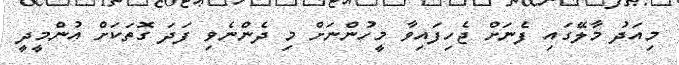
މިއަދު މާލޭގައި ފެނަށް ޖެހިފައިވާ މީހުންނަށް މި ދެންނެވި ފަދަ ގޮތަކަށް އުންމީދީ